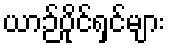
ယာဉ်ပိုင်ရှင်များ